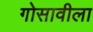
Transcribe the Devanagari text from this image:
गोसावीला